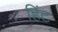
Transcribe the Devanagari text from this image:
हिंट